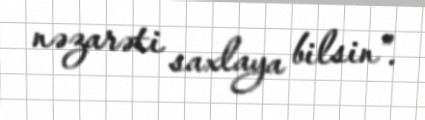
nəzarəti saxlaya bilsin”.